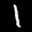
Label: 1